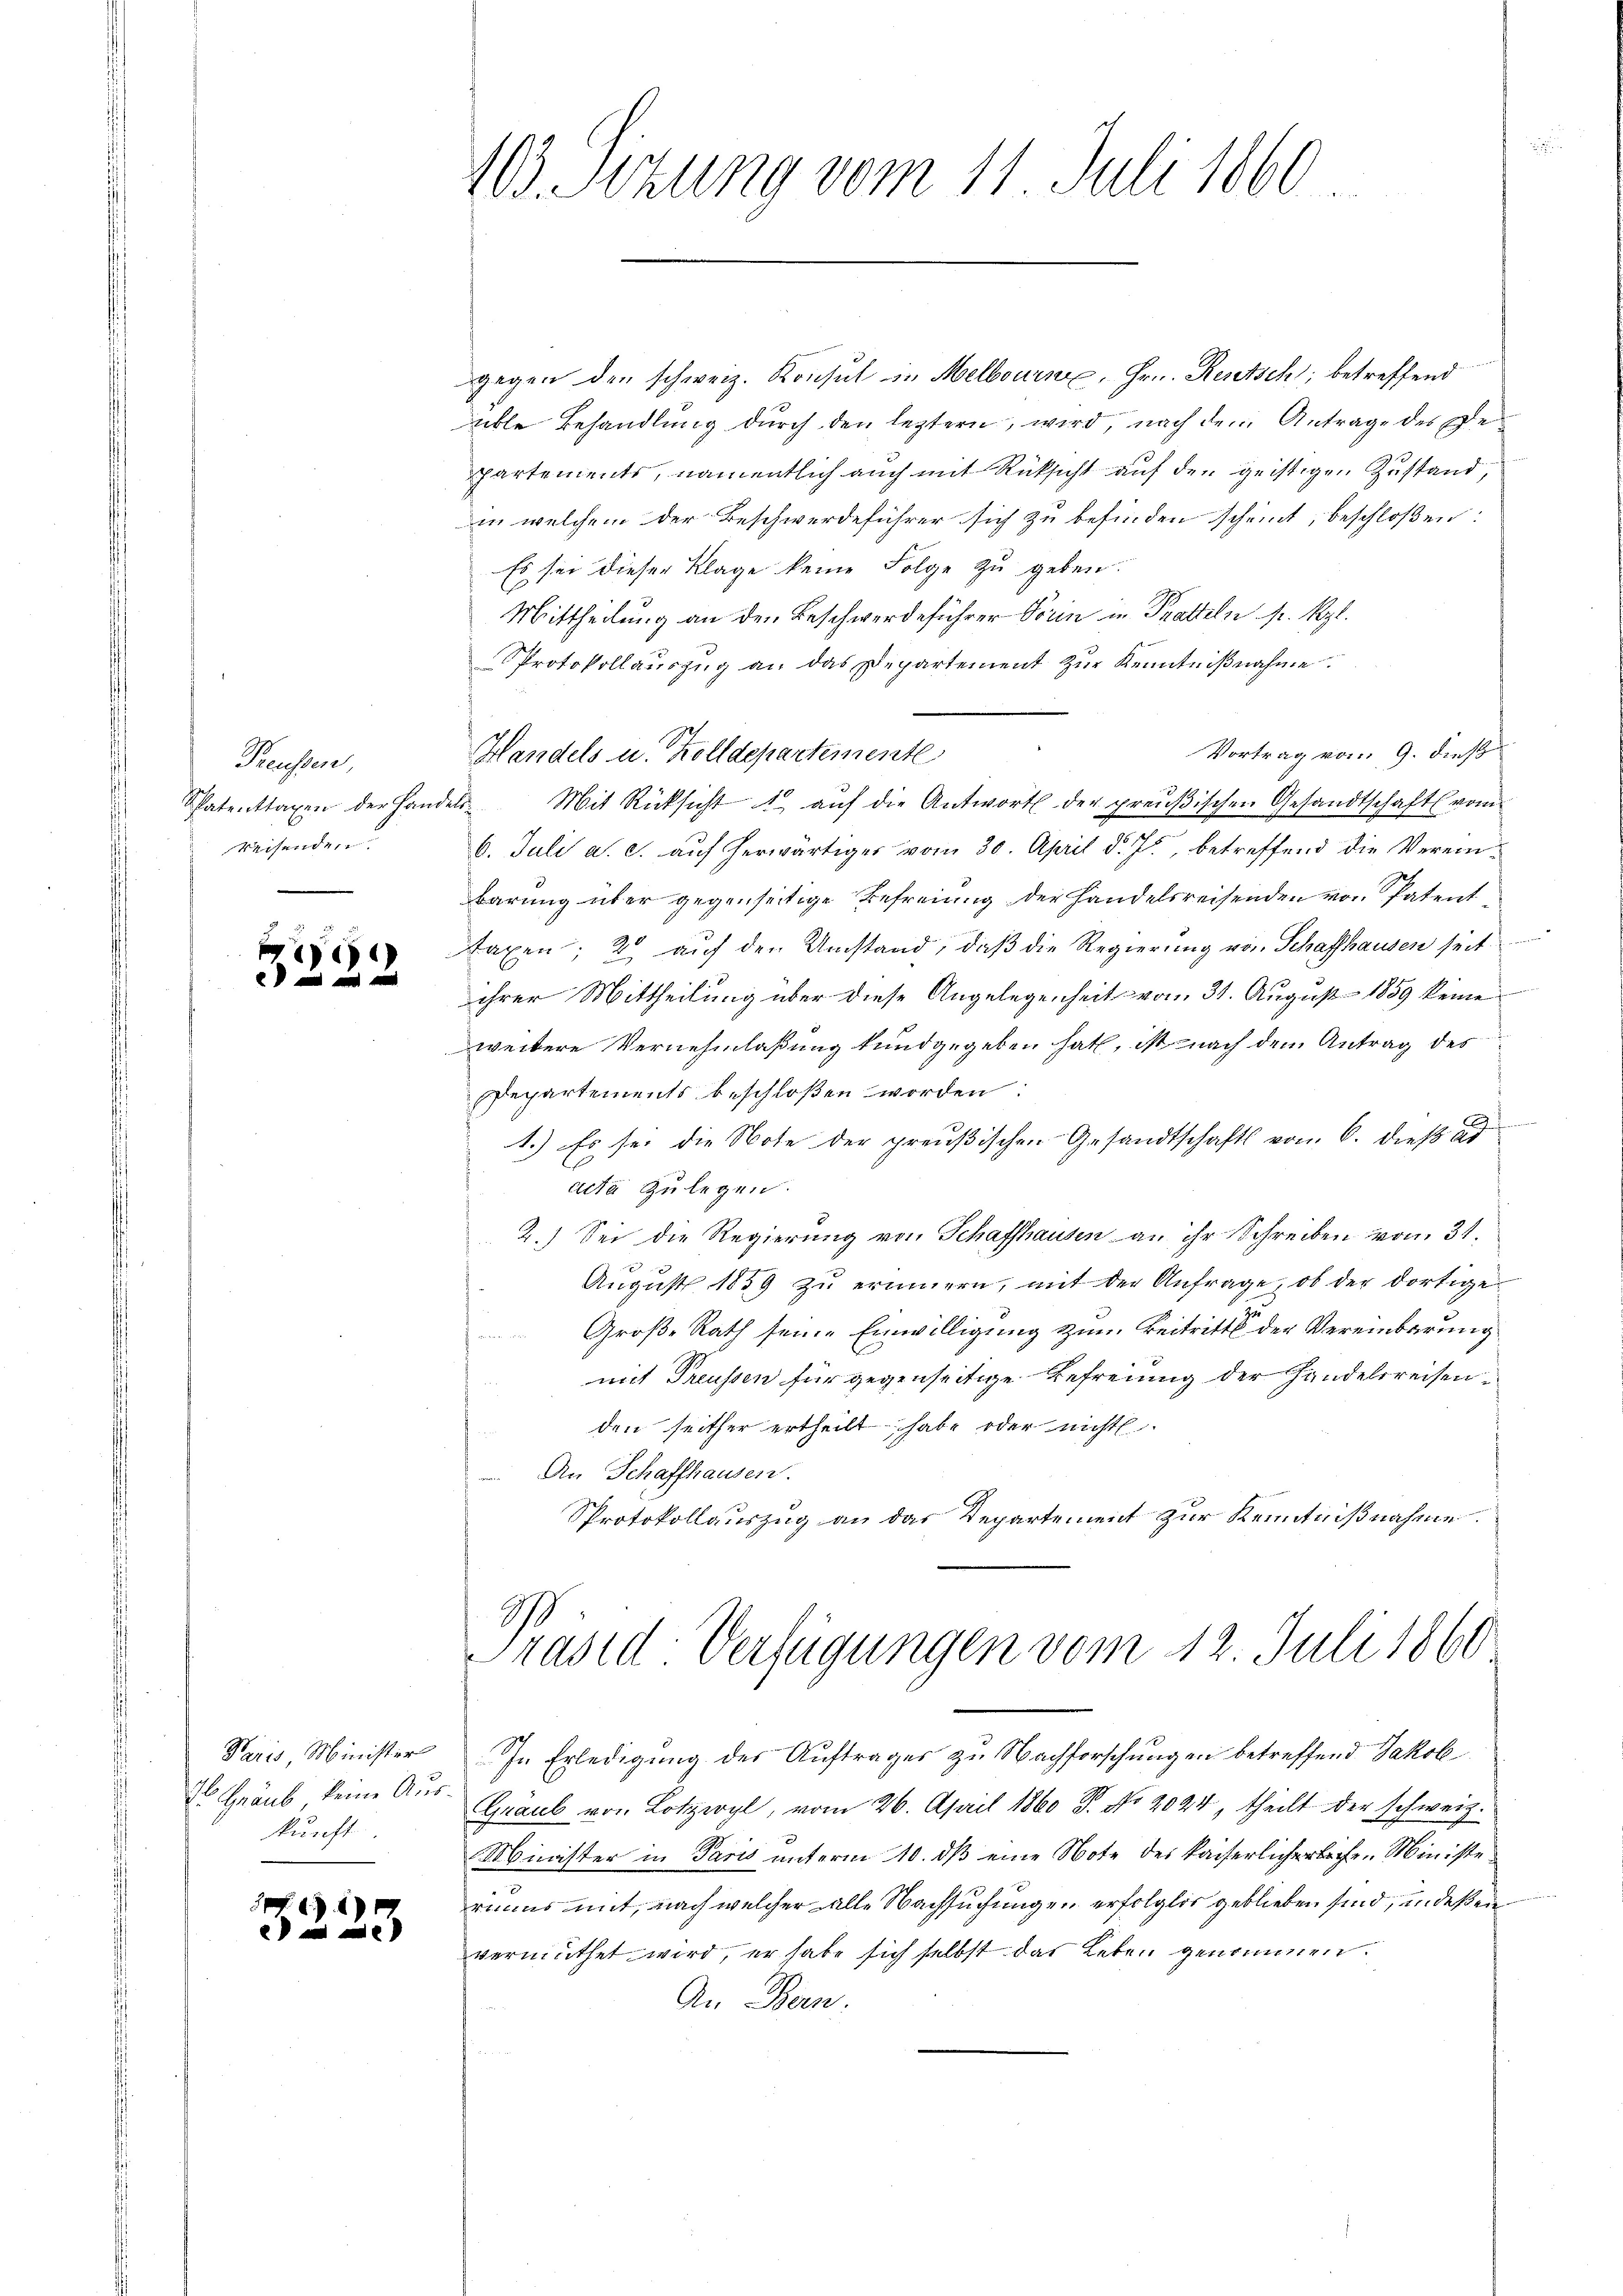
Preussen,
Weisenden

)

Paris, Minister
kunft.

1)
2

103. Sizung vom 11. Juli 1860.

gegen den schweiz. Konsul in Melbours, Hrn. Rentsch, betreffend
üble Behandlung durch den leztern, wird, nach dem Antrage des Departements, namentlich auch mit Rücksicht auf den geistigen Zustand,
in welchem der Beschwerdeführer sich zu befinden scheint, beschloßen:
Es sei dieser Klage keine Folge zu geben.
Mittheilung an den Beschwerdeführer Vorin in Pratteln sr. Kgl.
Protokollauszug an das Departement zur Kenntnißnahme
Vortrag vom 9. dieß
Patenttaxen der Handels Mit Rücksicht u aŭf die Antwort der preŭβischen Gesandtschaft vom
6. Juli a. c. auf herwärtiges vom 30. April d. Js., betreffend die Vereinbarung über gegenseitige Befreiung der Handelsreisenden von Patent
axen, 2 auf den Umstand, daß die Regierung von Schaffhausen seit
ihrer Mittheilung über diese Angelegenheit vom 31. August 1889 keine
weitere Vernehmlaßung kundgegeben hat, ist nach dem Antrag des
Departements beschloßen worden:
.
1.) Es sei die Note der preußischen Gesandtschafts von 6. dieß ad
acta zulegen.
2.) Sei die Regierung von Schaffhausen an ihr Schreiben vom 31.
August 1859 zu erinnern, mit der Anfrage, ob der dortige
Große Rath seine Einwilligung zum Beitritt der Vereinbarung
mit Treussen für gegenseitige Befreiung der Handelsreisenden seither ertheilt, habe oder nicht
 An Schaffhausen.
Protokollauszug an das Departement zur Kenntnißnahme.

Handels u. Kolldepartemente

Präsid Verfügungen vom 12. Juli 1860

In Erledigung des Auftrages zu Nachforschungen betreffend Jakob
1 Graub keine Aus Graub von Lotzwyl, vom 26. April 1860 P. No. 2024, theilt der schweiz.
Minister in Paris unterm 10. dβ eine Note des Kaiserlicherlichen Ministe
riums mit, nach welcher alle Nachsuchungen erfolglich geblieben sind, in deßen
vermuthet wird, er habe sich selbst das Leben genommen.
An Bern.